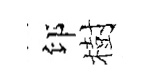
印樹